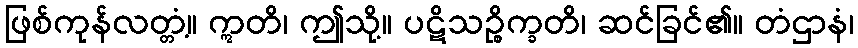
ဖြစ်ကုန်လတ္တံ့။ ဣတိ၊ ဤသို့။ ပဋိသဉ္စိက္ခတိ၊ ဆင်ခြင်၏။ တံဌာနံ၊